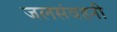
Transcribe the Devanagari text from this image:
जलसंवहनी